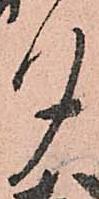
夕